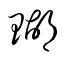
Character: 瑚